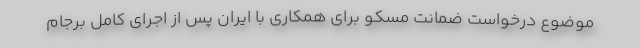
موضوع درخواست ضمانت مسکو برای همکاری‌ با ایران پس از اجرای کامل برجام